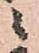
ニ